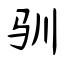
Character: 驯